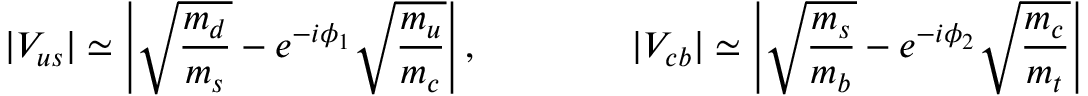
| V _ { u s } | \simeq \left| \sqrt { \frac { m _ { d } } { m _ { s } } } - e ^ { - i \phi _ { 1 } } \sqrt { \frac { m _ { u } } { m _ { c } } } \right| , \qquad \qquad | V _ { c b } | \simeq \left| \sqrt { \frac { m _ { s } } { m _ { b } } } - e ^ { - i \phi _ { 2 } } \sqrt { \frac { m _ { c } } { m _ { t } } } \right|